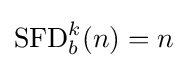
\operatorname {SFD} _{b}^{k}(n)=n